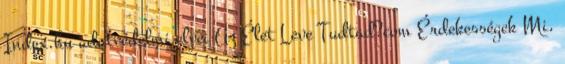
Index.hu adatvédelmi elvei Az Élet Leve Tudtad?com Érdekességek Mi,